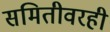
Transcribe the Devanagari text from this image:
समितीवरही